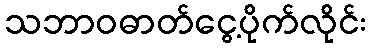
သဘာဝဓာတ်ငွေ့ပိုက်လိုင်း